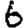
Digit: 6